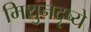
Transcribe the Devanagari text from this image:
मिथुनदृष्ये